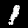
Digit: 1